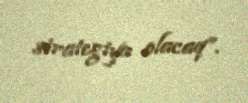
strategiya olacaq”.